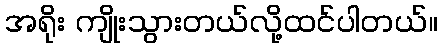
အရိုး ကျိုးသွားတယ်လို့ထင်ပါတယ်။